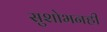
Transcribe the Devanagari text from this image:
सुशोभनही